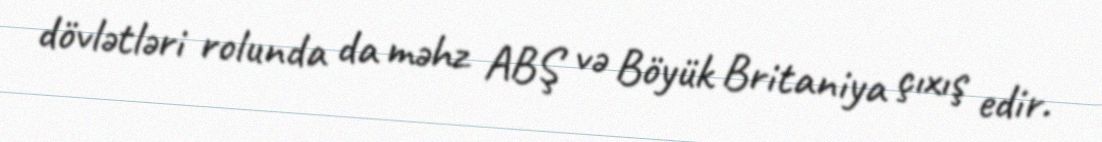
dövlətləri rolunda da məhz ABŞ və Böyük Britaniya çıxış edir.